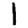
Digit: 1